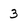
Character: 3